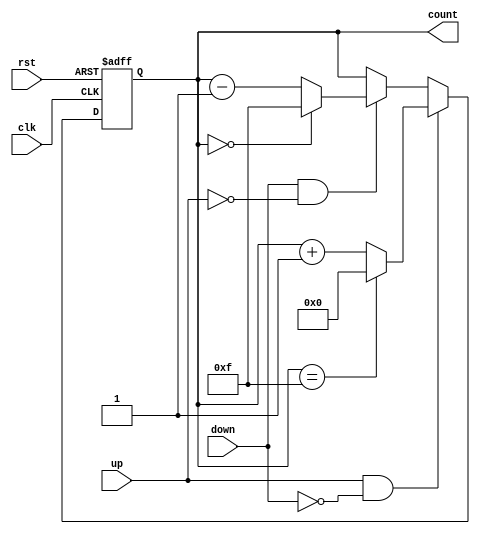
module UpDownCounter #(
    parameter N = 4  // Define the bit width of the counter (default is 4 bits)
)(
    input wire clk,       // Clock signal
    input wire rst,       // Asynchronous reset signal
    input wire up,        // Up control signal
    input wire down,      // Down control signal
    output reg [N-1:0] count // N-bit output count
);

    // Maximum value for an N-bit counter
    localparam MAX_COUNT = (1 << N) - 1; // 2^N - 1

    always @(posedge clk or posedge rst) begin
        if (rst) begin
            count <= 0; // Reset the counter to zero
        end else if (up && !down) begin
            // Increment the counter, with wrap-around
            count <= (count == MAX_COUNT) ? 0 : count + 1;
        end else if (down && !up) begin
            // Decrement the counter, with wrap-around
            count <= (count == 0) ? MAX_COUNT : count - 1;
        end
        // If both 'up' and 'down' are high, do nothing (maintain current count)
    end

endmodule